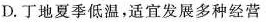
D.丁地夏季低温，适宜发展多种经营